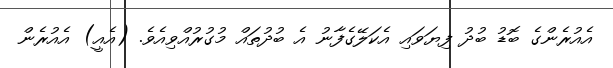
އެއުރެންގެ ބޮޑު ބުދު ފިޔަވައި އެކަލޭގެފާނު އެ ބުދުތައް މުގުރުއްވިއެވެ. (އެއީ) އެއުރެން